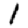
Digit: 1